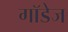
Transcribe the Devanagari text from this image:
गॉडेज